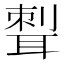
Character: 𦖝